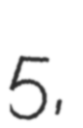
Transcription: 5,